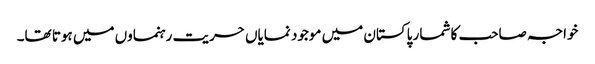
خواجہ صاحب کا شمار پاکستان میں موجود نمایاں حریت رہنماوں میں ہوتا تھا۔